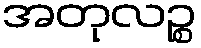
အတုလဉ္စ